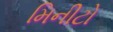
મિનીટો